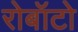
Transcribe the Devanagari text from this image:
रोबॉटो